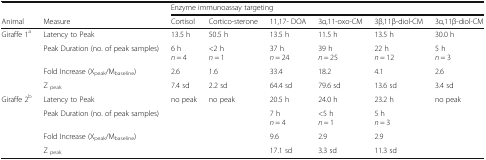
<table><thead><tr><td></td><td></td><td colspan="6"><b>Enzyme immunoassay targeting</b></td></tr><tr><td><b>Animal</b></td><td><b>Measure</b></td><td><b>Cortisol</b></td><td><b>Cortico-sterone</b></td><td><b>11,17- DOA</b></td><td><b>3α,11-oxo-CM</b></td><td><b>3β,11β-diol-CM</b></td><td><b>3α,11β-diol-CM</b></td></tr></thead><tbody><tr><td rowspan="4">Giraffe 1<sup>a</sup></td><td>Latency to Peak</td><td>13.5 h</td><td>50.5 h</td><td>13.5 h</td><td>11.5 h</td><td>13.5 h</td><td>30.0 h</td></tr><tr><td>Peak Duration (no. of peak samples)</td><td>6 h<i>n</i> = 4</td><td>&lt;2 h<i>n</i> = 1</td><td>37 h<i>n</i> = 24</td><td>39 h<i>n</i> = 25</td><td>22 h<i>n</i> = 12</td><td>5 h<i>n</i> = 3</td></tr><tr><td>Fold Increase (X<sub>peak</sub>/M<sub>baseline</sub>)</td><td>2.6</td><td>1.6</td><td>33.4</td><td>18.2</td><td>4.1</td><td>2.6</td></tr><tr><td>Z <sub>peak</sub></td><td>7.4 sd</td><td>2.2 sd</td><td>64.4 sd</td><td>79.6 sd</td><td>13.6 sd</td><td>3.4 sd</td></tr><tr><td rowspan="4">Giraffe 2<sup>b</sup></td><td>Latency to Peak</td><td>no peak</td><td>no peak</td><td>20.5 h</td><td>24.0 h</td><td>23.2 h</td><td rowspan="4">no peak</td></tr><tr><td>Peak Duration (no. of peak samples)</td><td></td><td></td><td>7 h<i>n</i> = 4</td><td>&lt;5 h<i>n</i> = 1</td><td>5 h<i>n</i> = 3</td></tr><tr><td>Fold Increase (X<sub>peak</sub>/M<sub>baseline</sub>)</td><td></td><td></td><td>9.6</td><td>2.9</td><td>2.9</td></tr><tr><td>Z <sub>peak</sub></td><td></td><td></td><td>17.1 sd</td><td>3.3 sd</td><td>11.3 sd</td></tr></tbody></table>